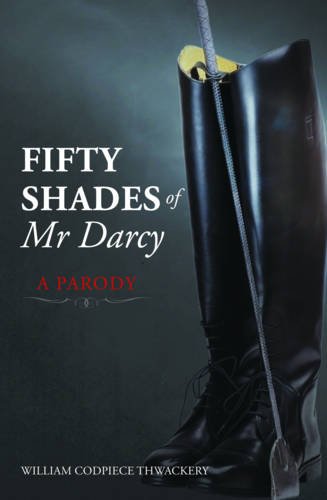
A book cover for Fifty Shades of Mr Darcy: A Parody; William Codpiece Thwackery; Romance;